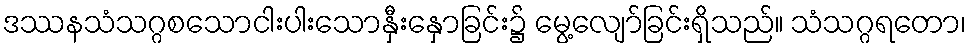
ဒဿနသံသဂ္ဂစသောငါးပါးသောနှီးနှောခြင်း၌ မွေ့လျော်ခြင်းရှိသည်။ သံသဂ္ဂရတော၊